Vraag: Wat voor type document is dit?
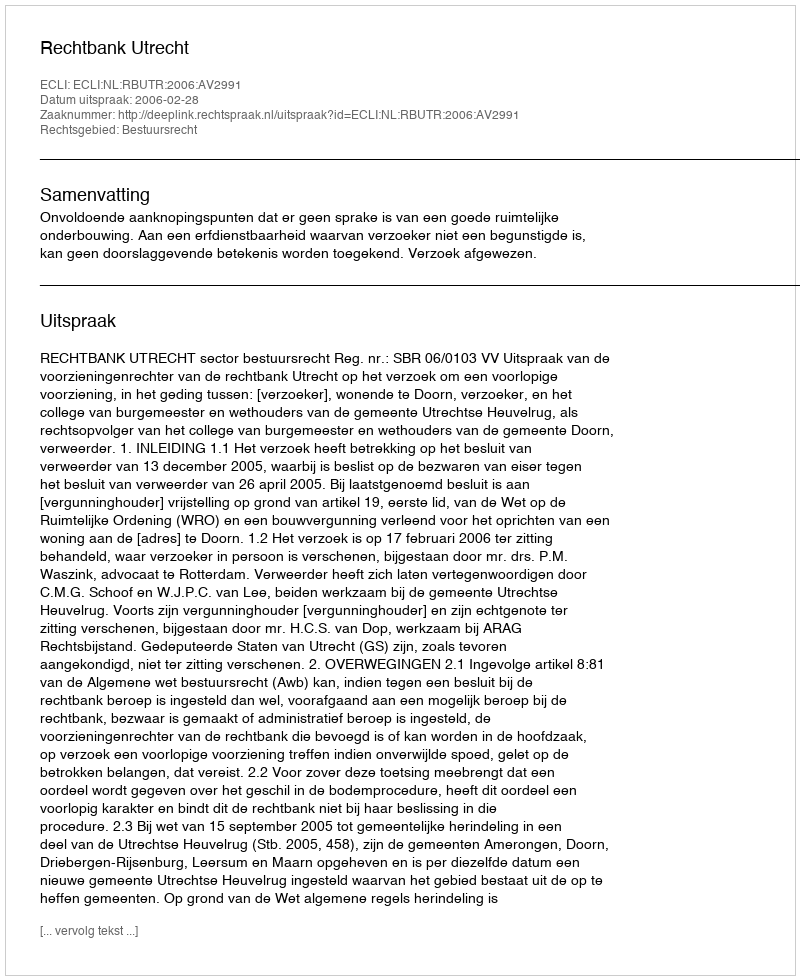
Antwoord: Uitspraak